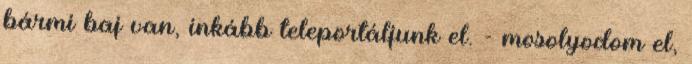
bármi baj van, inkább teleportáljunk el. - mosolyodom el,